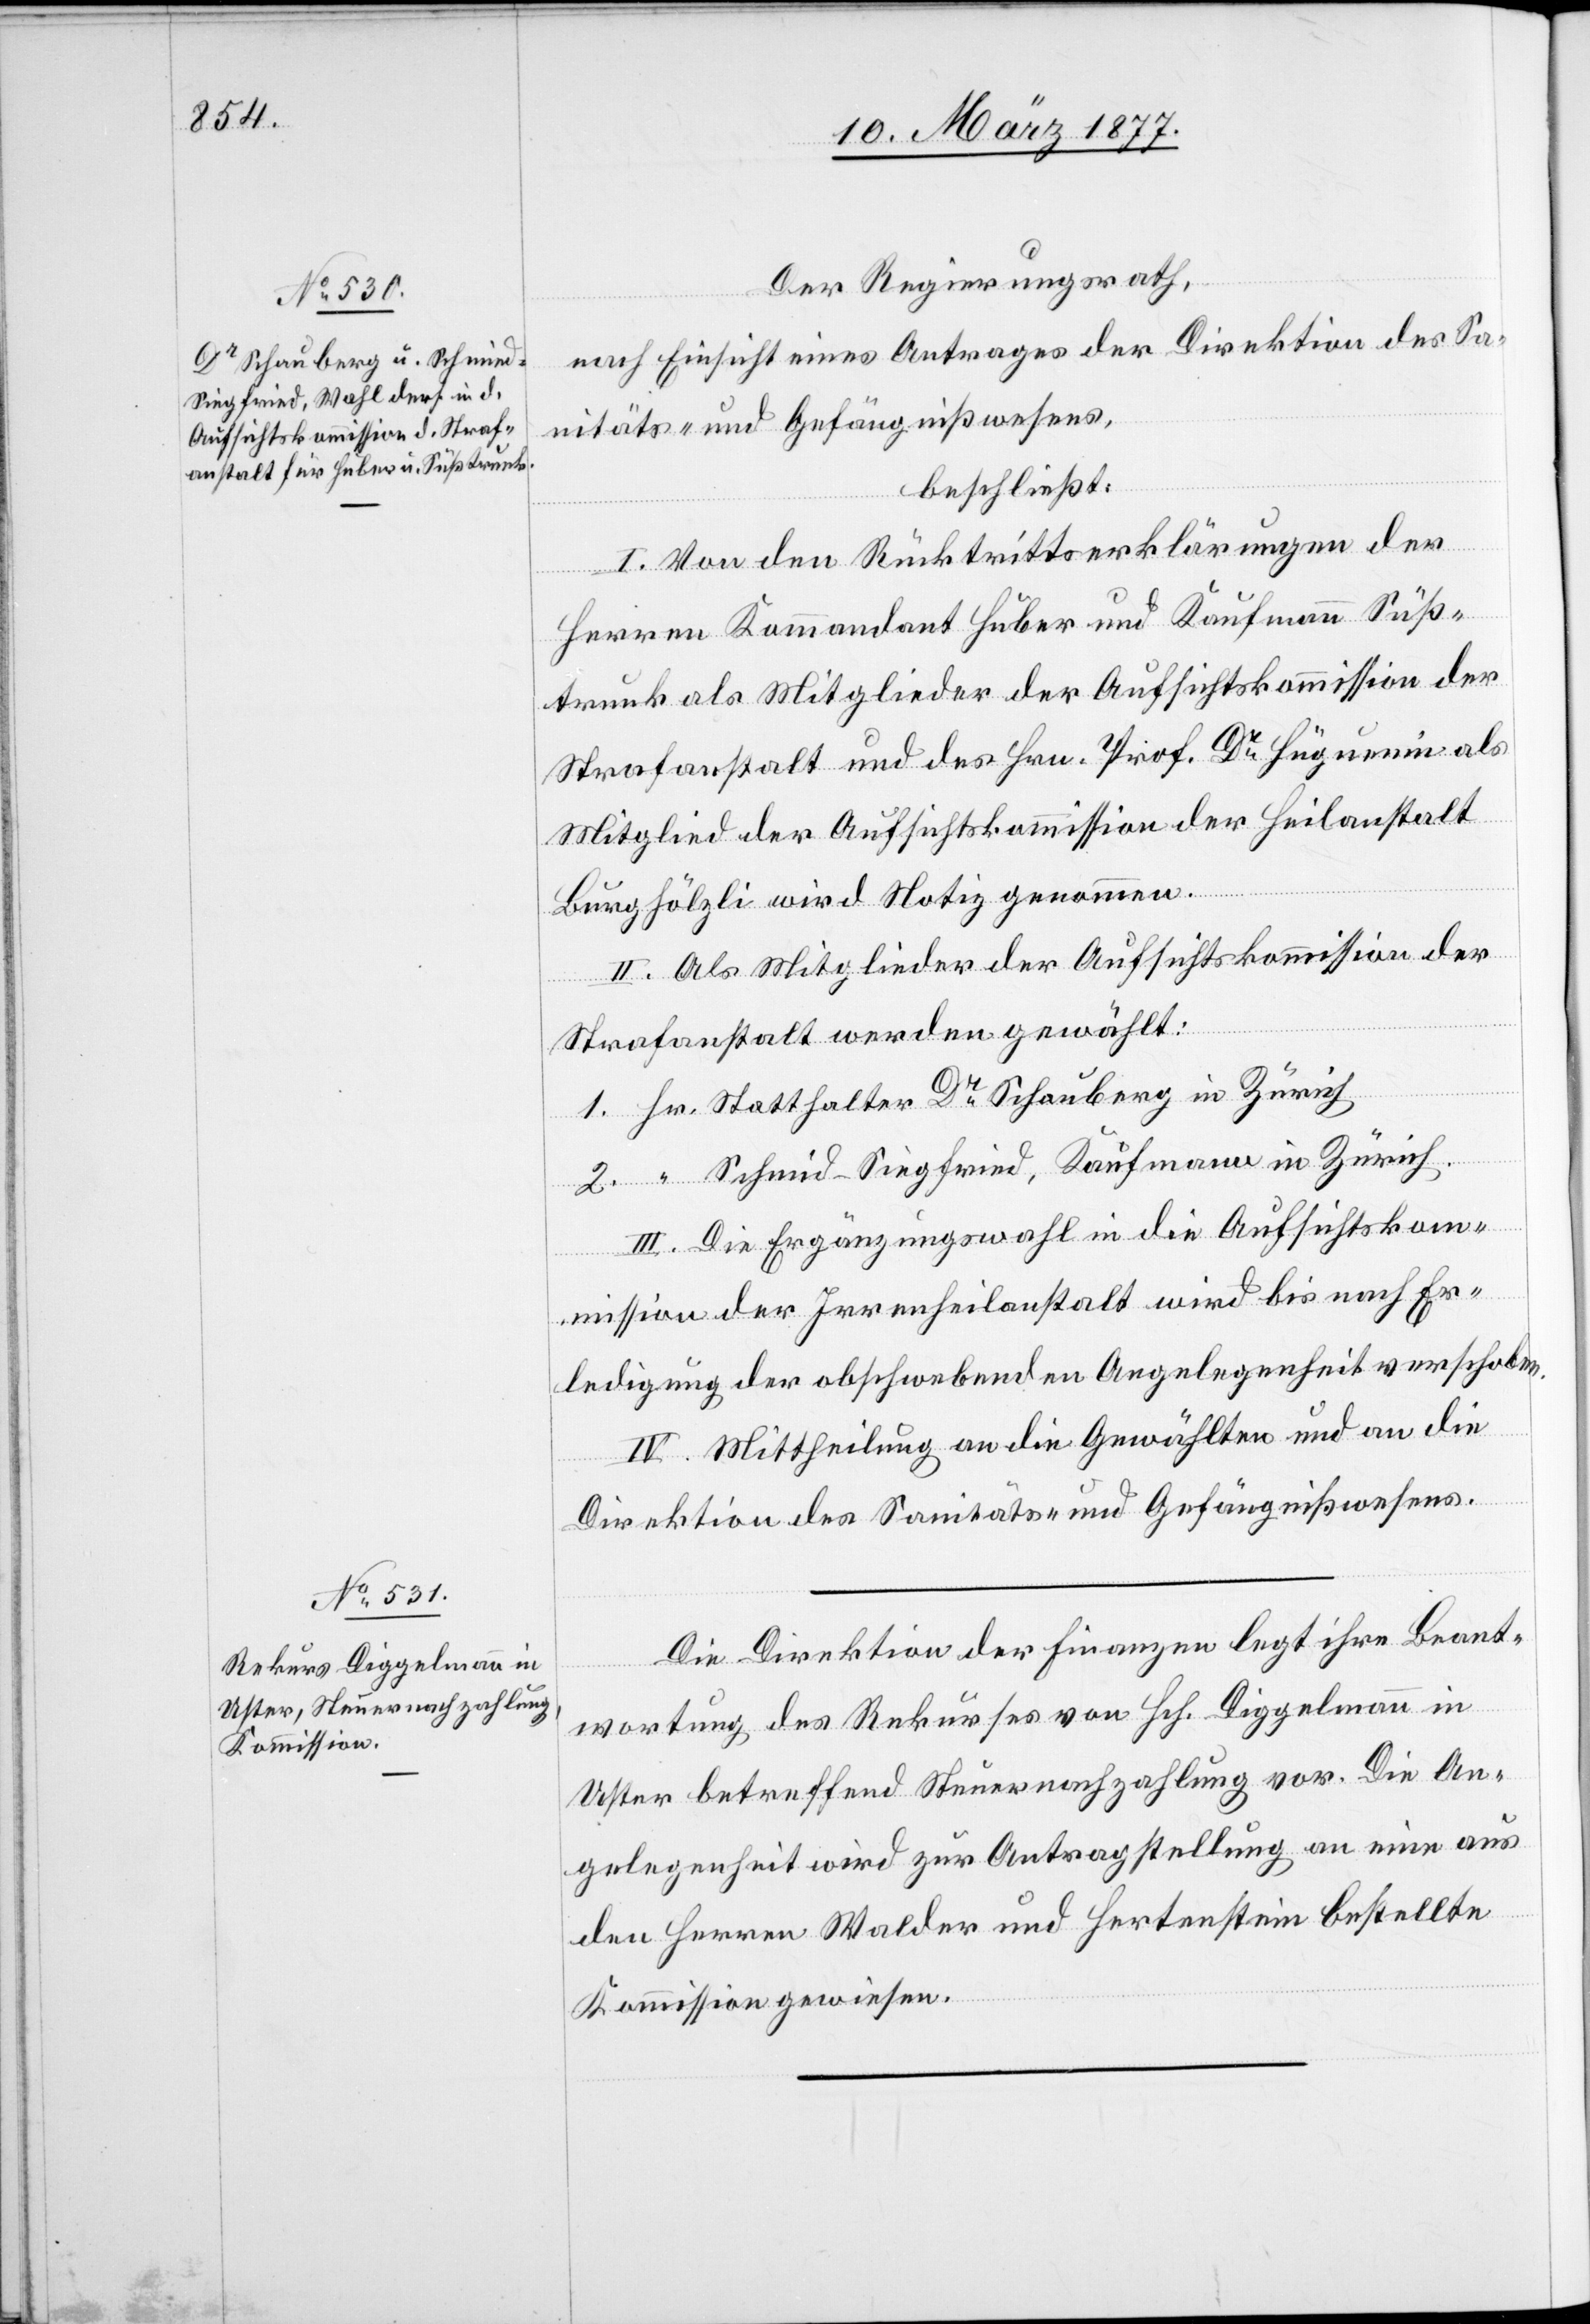
Der Regierungsrath,
nach Einsicht eines Antrages der Direktion des Sa¬
nitäts- und Gefängnißwesens,
beschließt:
I. Von den Rücktrittserklärungen der
2.
Herren Kommandant Huber und Kaufmann Süß¬
trunk als Mitglieder der Aufsichtskommission der
Strafanstalt und des Hrn. Prof. Dr Hüguenin als
Mitglied der Aufsichtskommission der Heilanstalt
Burghölzli wird Notiz genommen.
II. Als Mitglieder der Aufsichtskommission der
Strafanstalt werden gewählt:
Schmi[e]d-Siegfried, Kaufmann in Zürich.
III. Die Ergänzungswahl in die Aufsichtskom¬
mission der Irrenheilanstalt wird bis nach Er¬
ledigung der obschwebenden Angelegenheit verschoben.
IV. Mittheilung an die Gewählten und an die
Direktion des Sanitäts- und Gefängnißwesens.
Die Direktion der Finanzen legt ihre Beant¬
“
wortung des Rekurses von Hch. Diggelmann in
Uster betreffend Steuernachzahlung vor. Die An¬
gelegenheit wird zur Antragstellung an eine aus
den Herren Walder und Hertenstein bestellte
Kommission gewiesen.